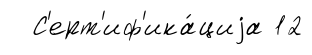
С'ерт'иф'ика́циjа 12